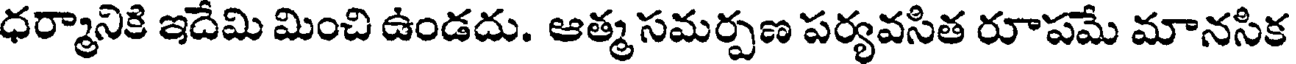
ధర్మానికి ఇదేమి మించి ఉండదు. ఆత్మ సమర్పణ పర్యవసిత రూపమే మానసిక